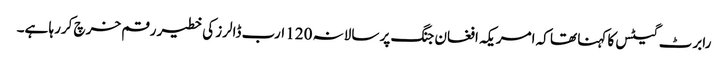
رابرٹ گیٹس کا کہنا تھا کہ امریکہ افغان جنگ پر سالانہ 120 ارب ڈالرز کی خطیر رقم خرچ کررہا ہے۔